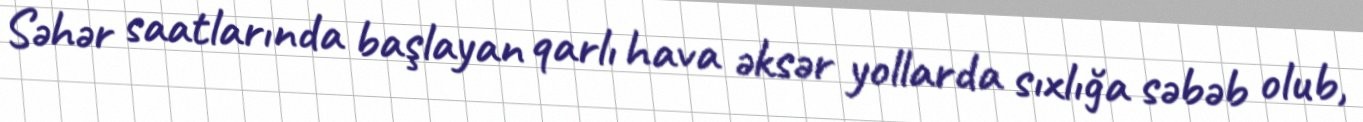
Səhər saatlarında başlayan qarlı hava əksər yollarda sıxlığa səbəb olub,